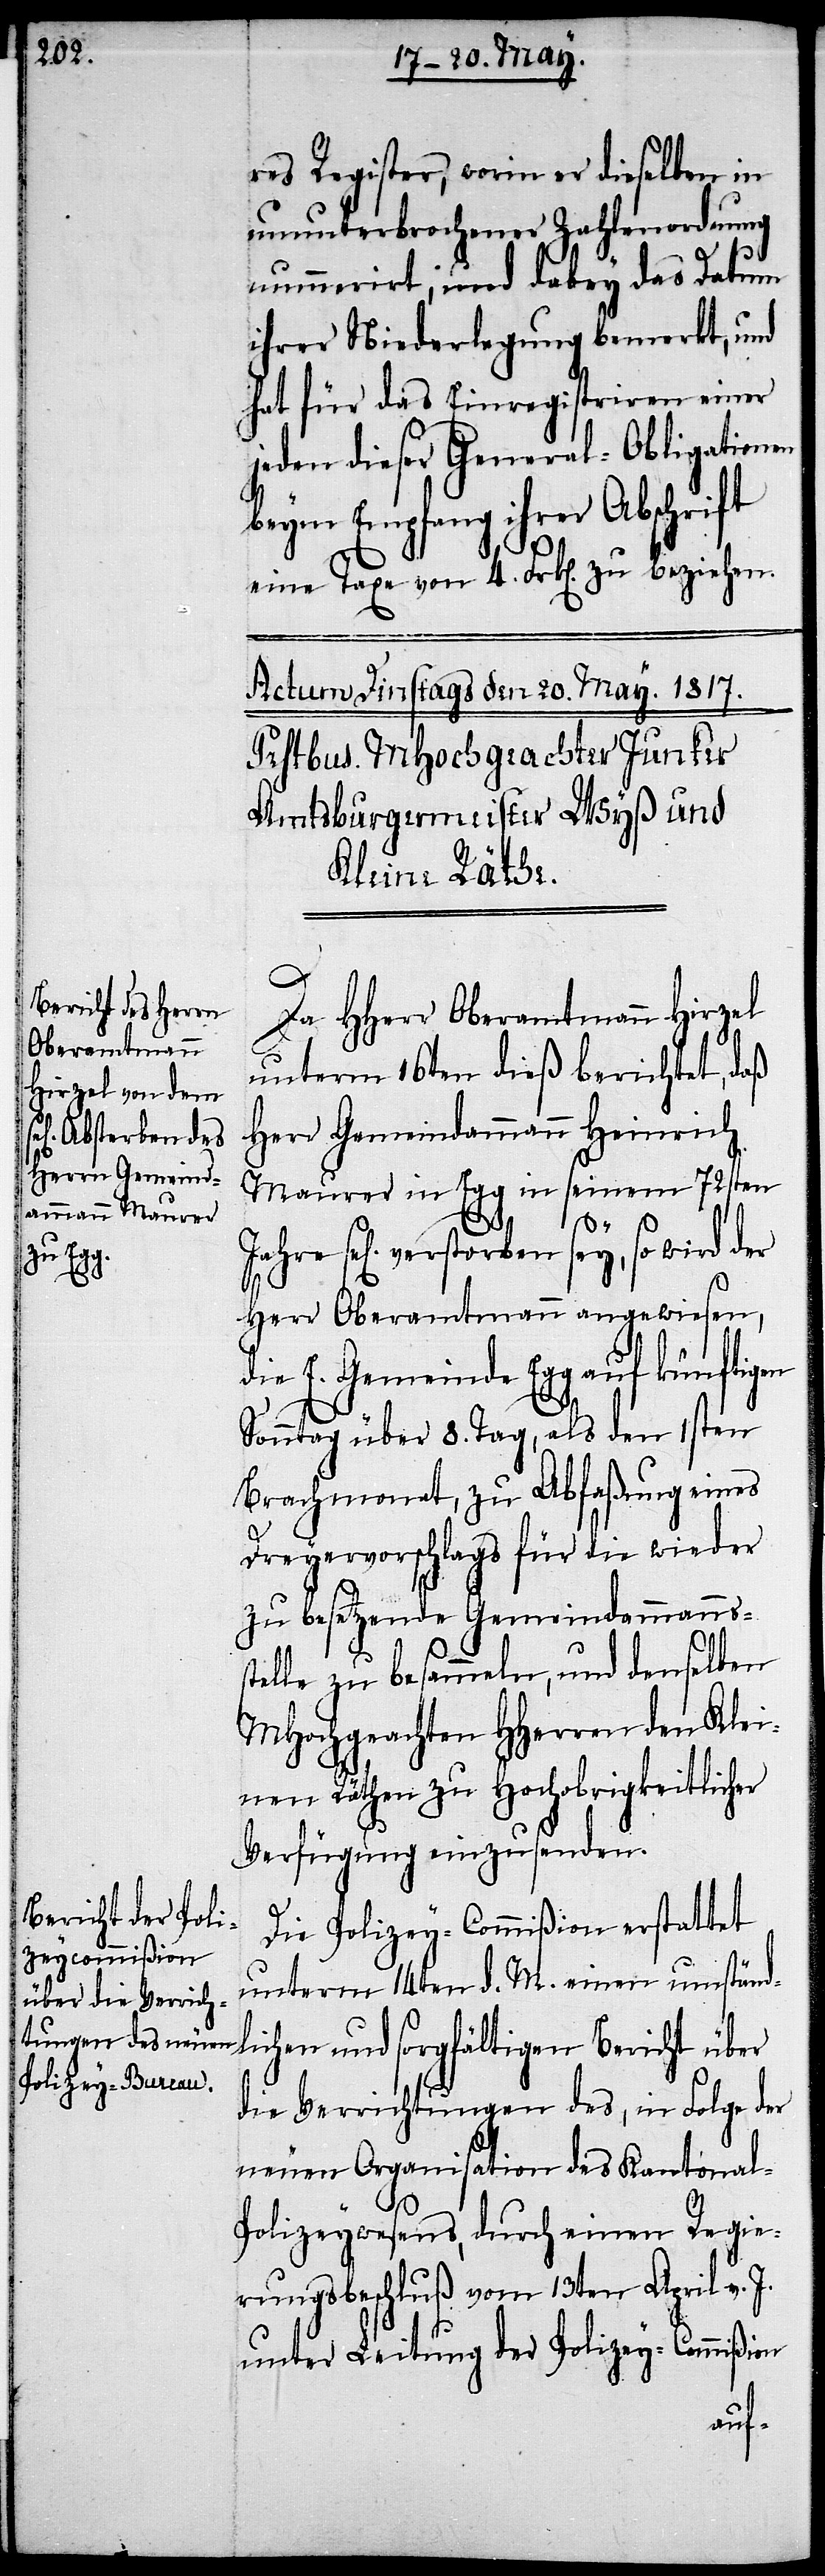
verstorben

res Register, worin er dieselben in
ununterbrochener Zahlenordnung
nummerirt; und dabey das Datum
ihrer Niederlegung bemerkt, und
hat für das Einregistriren einer
jeden dieser General-Obligationen
beym Empfang ihrer Abschrift
eine Taxe von 4. Frk[en]. zu beziehen.
Da HHerr Oberamtmann Hirzel
unterm 16ten dieß berichtet, daß
Herr Gemeindammann Heinrich
Maurer in Egg in seinem 72sten
Herr Oberamtmann angewiesen,
die E. Gemeinde Egg auf künftigen
Sonntag über 8. Tag, als den 1sten
Brachmonat, zu Abfaßung eines
Dreyervorschlags für die wieder
zu besetzende Gemeindammannss¬
telle zu besammeln, und denselben
MHochgeachten HHerren den Klei¬
nen Räthen zu Hochobrigkeitlicher
Verfügung einzusenden.
Die Polizey-Commißion erstattet
unterm 14ten d. M. einen umständl¬
ichen und sorgfältigen Bericht über
die Verrichtungen des, in Folge der
neuen Organisation des Kantona¬
l-Polizeywesens, durch einen Regie¬
rungsbeschluß vom 13ten April v. J.
unter Leitung der Polizey-Commißion